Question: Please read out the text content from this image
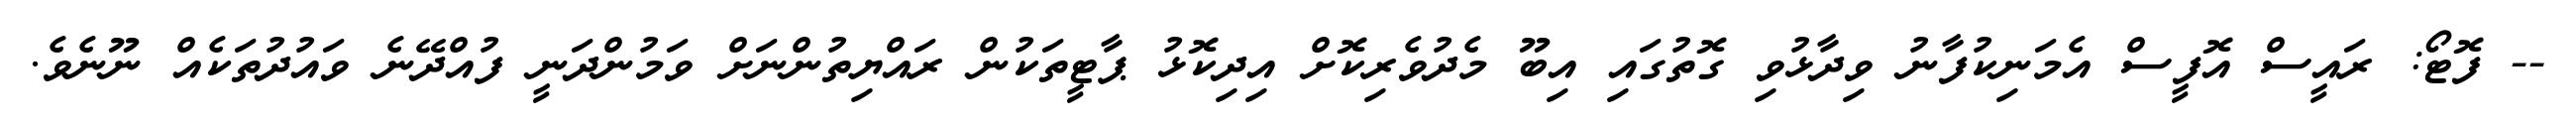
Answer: -- ފޮޓޯ: ރައީސް އޮފީސް އެމަނިކުފާނު ވިދާޅުވި ގޮތުގައި އިބޫ މެދުވެރިކޮށް އިދިކޮޅު ޕާޓީތަކުން ރައްޔިތުންނަށް ވަމުންދަނީ ފުއްދޭނެ ވައުދުތަކެއް ނޫނެވެ.